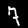
Label: 7